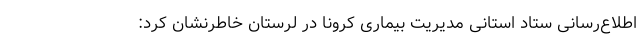
اطلاع‌رسانی ستاد استانی مدیریت بیماری کرونا در لرستان خاطرنشان کرد: